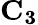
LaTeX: \mathbf{C_{3}}